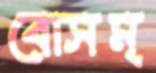
বোসম্